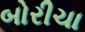
બોરીચા